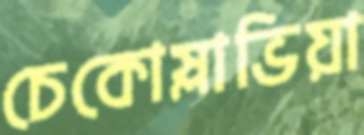
চেকোস্লাভিয়া